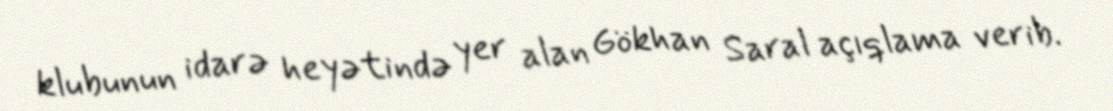
klubunun idarə heyətində yer alan Gökhan Saral açıqlama verib.